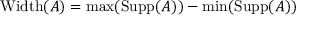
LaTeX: \operatorname { W i d t h } ( A ) = \operatorname* { m a x } ( \operatorname { S u p p } ( A ) ) - \operatorname* { m i n } ( \operatorname { S u p p } ( A ) )